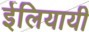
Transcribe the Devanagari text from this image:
ईलियायी